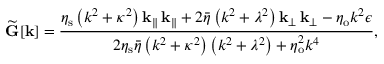
\widetilde { \mathbf { G } } [ \mathbf { k } ] = \frac { \eta _ { \mathrm { s } } \left( k ^ { 2 } + \kappa ^ { 2 } \right) \mathbf { k } _ { \| } \, \mathbf { k } _ { \| } + 2 \bar { \eta } \left( k ^ { 2 } + \lambda ^ { 2 } \right) \mathbf { k } _ { \perp } \, \mathbf { k } _ { \perp } - \eta _ { \mathrm { o } } k ^ { 2 } \boldsymbol { \epsilon } } { 2 \eta _ { \mathrm { s } } \bar { \eta } \left( k ^ { 2 } + \kappa ^ { 2 } \right) \left( k ^ { 2 } + \lambda ^ { 2 } \right) + \eta _ { \mathrm { o } } ^ { 2 } k ^ { 4 } } ,